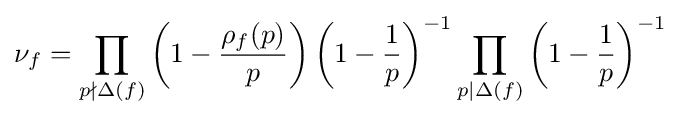
\nu _{f}=\prod _{p\nmid \Delta (f)}\left(1-{\frac {\rho _{f}(p)}{p}}\right)\left(1-{\frac {1}{p}}\right)^{-1}\prod _{p|\Delta (f)}\left(1-{\frac {1}{p}}\right)^{-1}